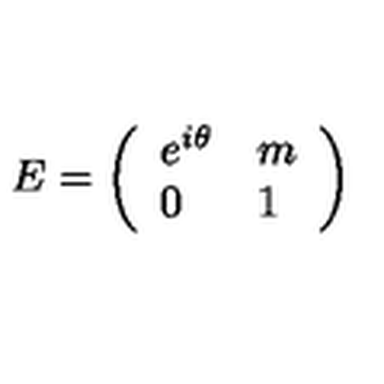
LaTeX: E = \left( \begin{array} { l l } { e ^ { i \theta } } & { m } \\ { 0 } & { 1 } \\ \end{array} \right)